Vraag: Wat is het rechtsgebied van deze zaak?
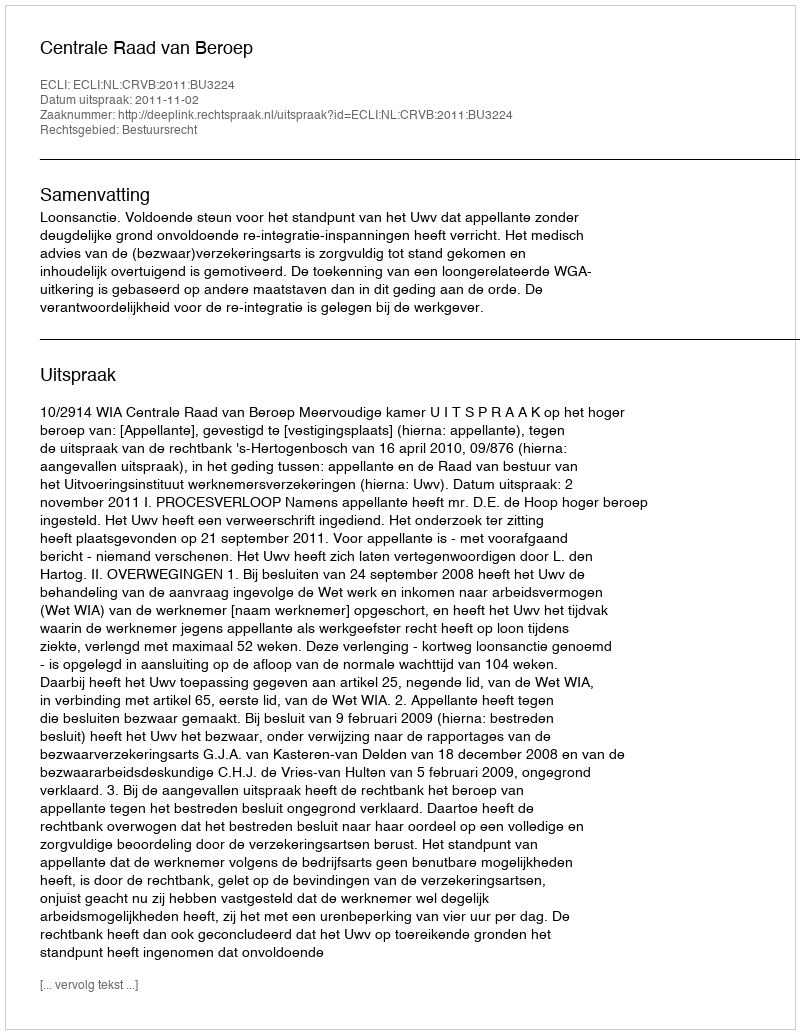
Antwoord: Bestuursrecht